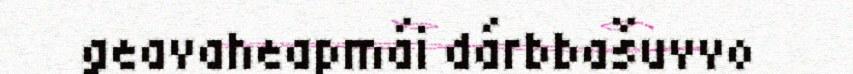
geavaheapmái dárbbašuvvo